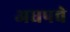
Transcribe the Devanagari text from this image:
अधपचे